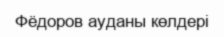
Фёдоров ауданы көлдері